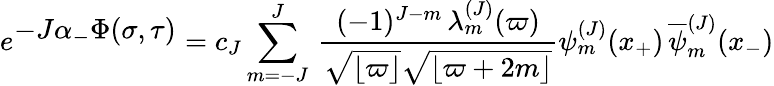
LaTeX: e^{\textstyle-J\alpha_{-}\Phi(\sigma,\tau)}=c_{J}\sum_{m=-J}^{J}\, {\frac{(-1)^{J-m}\, \lambda_{m}^{(J)}(\varpi)}{\sqrt{\lfloor\varpi\rfloor}\sqrt{\lfloor\varpi+2m\rfloor}}}\psi_{m}^{(J)}(x_{+})\, {\overline{{\psi}}_{m}^{(J)}}(x_{-})